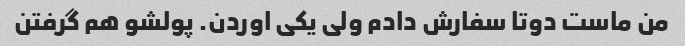
من ماست دوتا سفارش دادم ولی یکی اوردن. پولشو هم گرفتن